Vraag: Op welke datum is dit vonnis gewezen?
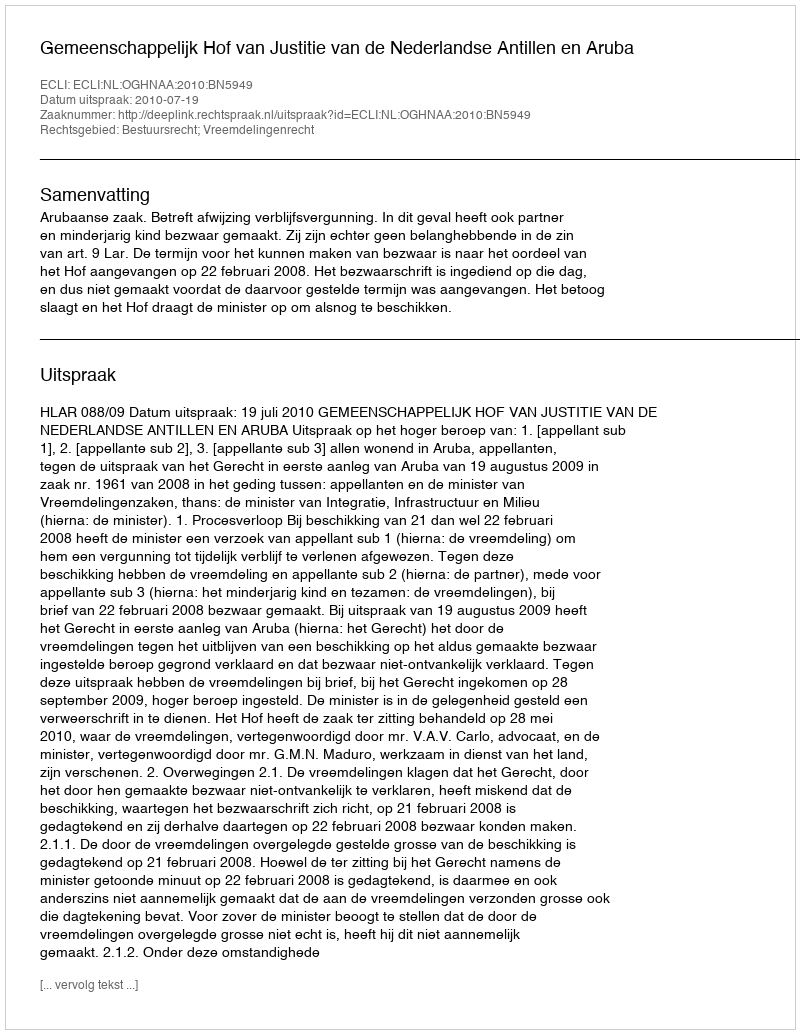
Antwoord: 2010-07-19